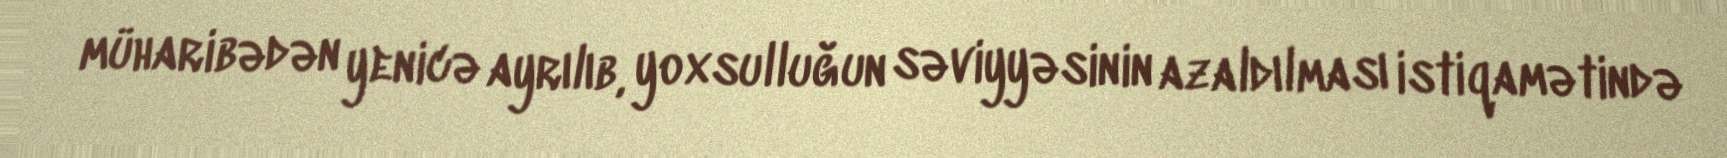
müharibədən yenicə ayrılıb, yoxsulluğun səviyyəsinin azaldılması istiqamətində